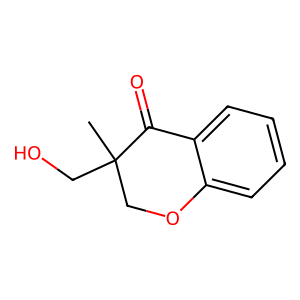
SMILES: CC1(CO)COc2ccccc2C1=O
Inhibits HIV replication: No